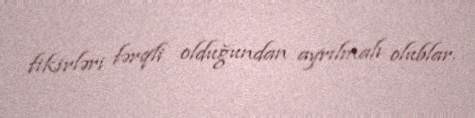
fikirləri fərqli olduğundan ayrılmalı olublar.